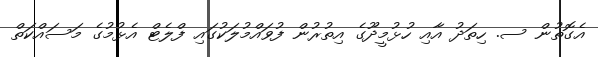
އެގޮތުން ސ. ހިތަދު އާއި ހުޅުމީދޫގެ އިތުރުން ފުވައްމުލަކުގައި ފްލެޓް އެޅުމުގެ މަސައްކަތް